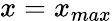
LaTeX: x=x_{max}